Indian journal of veterinary science and animal husbandry - Volumes 18-21, 1948-1951
Year: 1948
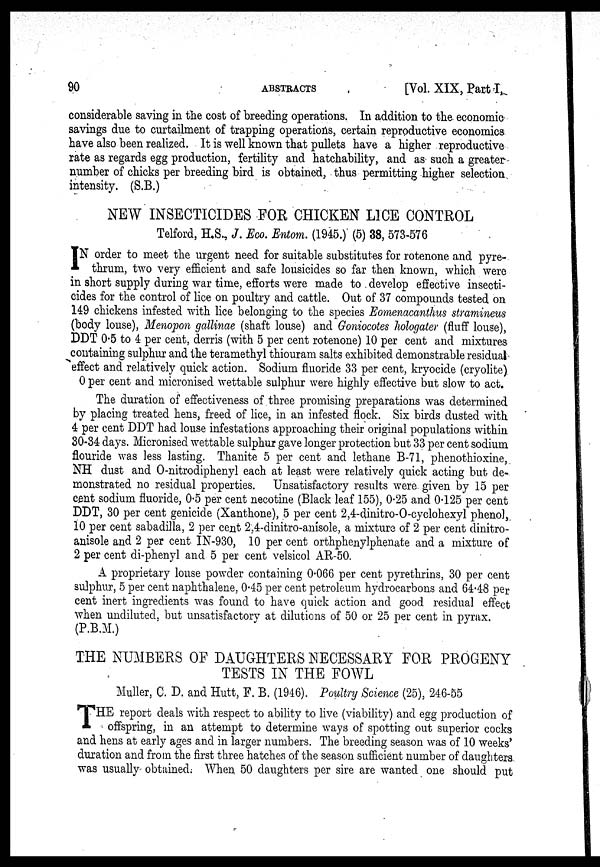
90
ABSTRACTS
[Vol. XIX, Part I,
considerable saving in the cost of breeding operations. In addition to the economic
savings due to curtailment of trapping operations, certain reproductive economics
have also been realized. It is well known that pullets have a higher reproductive
rate as regards egg production, fertility and hatchability, and as such a greater
number of chicks per breeding bird is obtained, thus permitting higher selection
intensity. (S.B.)
NEW INSECTICIDES FOR CHICKEN LICE CONTROL
Telford, H.S., J. Eco. Entom. (1945.) (5) 38, 573-576
I N order to meet the urgent need for suitable substitutes for rotenone and pyre-
thrum, two very efficient and safe lousicides so far then known, which were
in short supply during war time, efforts were made to develop effective insecti-
cides for the control of lice on poultry and cattle. Out of 37 compounds tested on
149 chickens infested with lice belonging to the species Eomenacanthus stramineus
(body louse), Menopon gallinae (shaft louse) and Goniocotes hologater (fluff louse),
DDT 0.5 to 4 per cent, derris (with 5 per cent rotenone) 10 per cent and mixtures
containing sulphur and the teramethyl thiouram salts exhibited demonstrable residual
effect and relatively quick action. Sodium fluoride 33 per cent, kryocide (cryolite)
0 per cent and micronised wettable sulphur were highly effective but slow to act.
The duration of effectiveness of three promising preparations was determined
by placing treated hens, freed of lice, in an infested flock. Six birds dusted with
4 per cent DDT had louse infestations approaching their original populations within
30-34 days. Micronised wettable sulphur gave longer protection but 33 per cent sodium
flouride was less lasting. Thanite 5 per cent and lethane B-71, phenothioxine,
NH dust and O-nitrodiphenyl each at least were relatively quick acting but de-
monstrated no residual properties. Unsatisfactory results were given by 15 per
cent sodium fluoride, 0.5 per cent necotine (Black leaf 155), 0.25 and 0.125 per cent
DDT, 30 per cent genicide (Xanthone), 5 per cent 2,4-dinitro-O-cyclohexyl phenol,
10 per cent sabadilla, 2 per cent 2,4-dinitro-anisole, a mixture of 2 per cent dinitro-
anisole and 2 per cent IN-930, 10 per cent orthphenylphenate and a mixture of
2 per cent di-phenyl and 5 per cent velsicol AR-50.
A proprietary louse powder containing 0.066 per cent pyrethrins, 30 per cent
sulphur, 5 per cent naphthalene, 0.45 per cent petroleum hydrocarbons and 64.48 per
cent inert ingredients was found to have quick action and good residual effect
when undiluted, but unsatisfactory at dilutions of 50 or 25 per cent in pyrax.
(P.B.M.)
THE NUMBERS OF DAUGHTERS NECESSARY FOR PROGENY
TESTS IN THE FOWL
Muller, C. D. and Hutt, F. B. (1946). Poultry Science (25), 246-55
T HE report deals with respect to ability to live (viability) and egg production of
offspring, in an attempt to determine ways of spotting out superior cocks
and hens at early ages and in larger numbers. The breeding season was of 10 weeks'
duration and from the first three hatches of the season sufficient number of daughters
was usually obtained. When 50 daughters per sire are wanted one should put